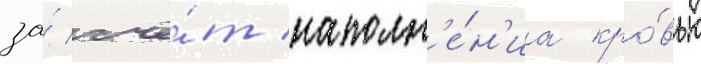
за́ счё́т наполн'е́н'иа кро́вью